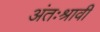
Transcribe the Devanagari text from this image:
अंतःश्रावी